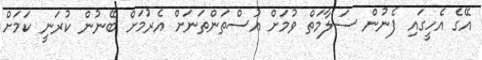
އޭގެ އެހީގައި ފެނުން ސަލާމަތް ވުމަށް އުސްތަންތަނަށް އެރުމަށް ބޭނުން ކުރަނީ ކަމަށް